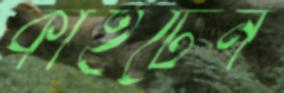
কাইটেন